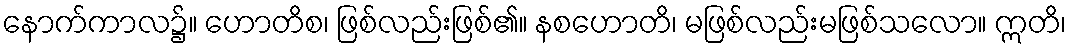
နောက်ကာလ၌။ ဟောတိစ၊ ဖြစ်လည်းဖြစ်၏။ နစဟောတိ၊ မဖြစ်လည်းမဖြစ်သလော။ ဣတိ၊